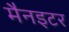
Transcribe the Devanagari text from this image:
मैनइटर